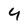
Character: 9